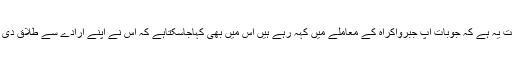
حقیقت یہ ہے کہ جوبات آپ جبرواکراہ کے معاملے میں کہہ رہے ہیں اس میں بھی کہاجاسکتاہے کہ اس نے اپنے ارادے سے طلاق دی ہے۔